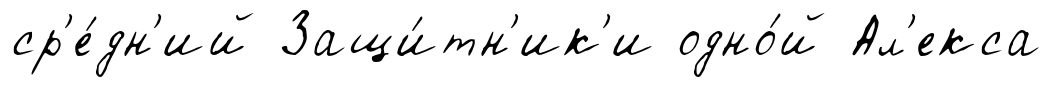
ср'е́дн'ий Защи́тн'ик'и одно́й Ал'екса